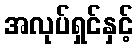
အလုပ်ရှင်နှင့်